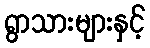
ရွာသားများနှင့်